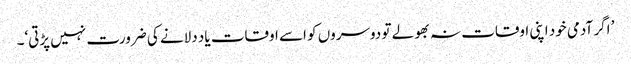
’ اگر آدمی خود اپنی اوقات نہ بھولے تو دوسروں کو اسے اوقات یاد دلانے کی ضرورت نہیں پڑتی‘۔